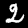
Label: 2